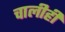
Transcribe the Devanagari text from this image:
चालीही